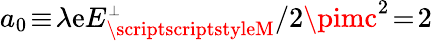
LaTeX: a_{0}\! \equiv\! \lambda\mathrm{e}E_{\scriptscriptstyleM}^{\scriptscriptstyle\perp}/2\pimc^{2}\! =\! 2